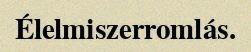
Élelmiszerromlás.